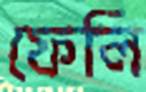
ফেলি